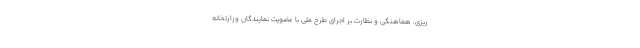
ریزی، هماهنگی و نظارت بر اجرای طرح ملی با عضویت نمایندگان وزارتخانه